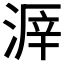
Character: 𣸒